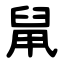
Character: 䑕